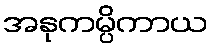
အနုကမ္ပိကာယ